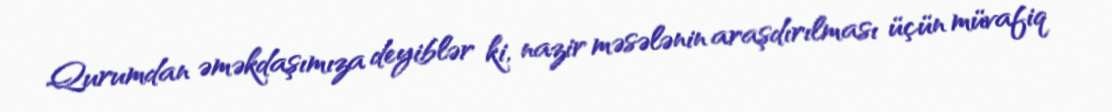
Qurumdan əməkdaşımıza deyiblər ki, nazir məsələnin araşdırılması üçün müvafiq